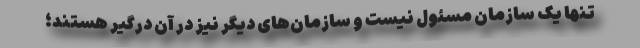
تنها یک سازمان مسئول نیست و سازمان‌های دیگر نیز در آن درگیر هستند؛